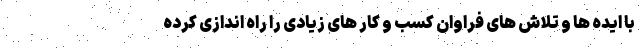
با ایده ها و تلاش های فراوان کسب و کار های زیادی را راه اندازی کرده